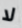
لا